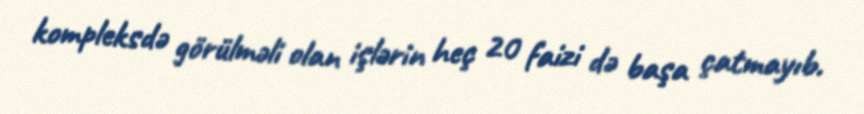
kompleksdə görülməli olan işlərin heç 20 faizi də başa çatmayıb.